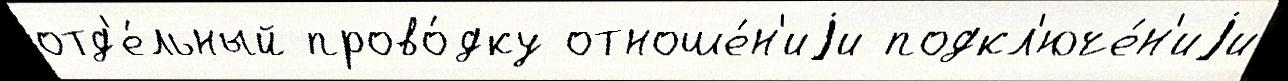
отд'е́льный прово́дку отноше́н'иjи подкл'юче́н'иjи